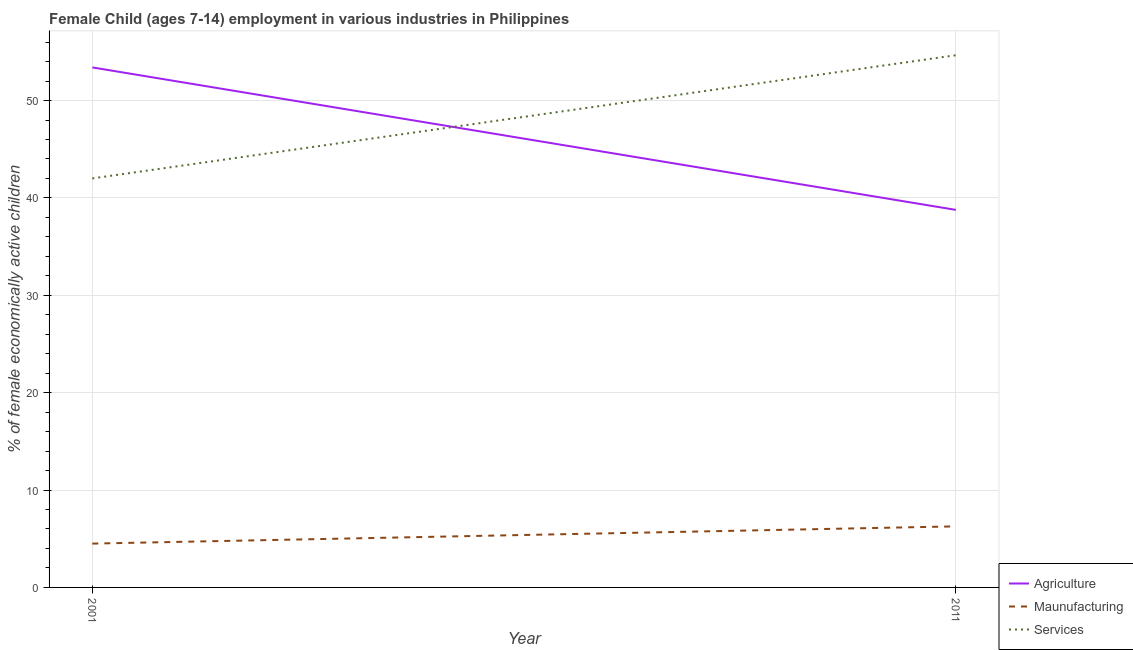
| Year | Agriculture | Maunufacturing | Services |
 | --- | --- | --- | --- |
 | 2001 | 53.4 | 4.5 | 42 |
 | 2011 | 38.8 | 6.27 | 54.6 |